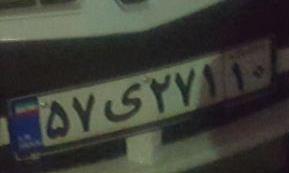
۵۷ی۲۷۱۱۰